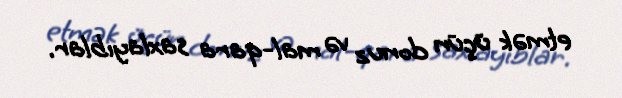
etmək üçün donuz və mal-qara saxlayıblar.